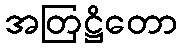
အတြဋ္ဌိတော